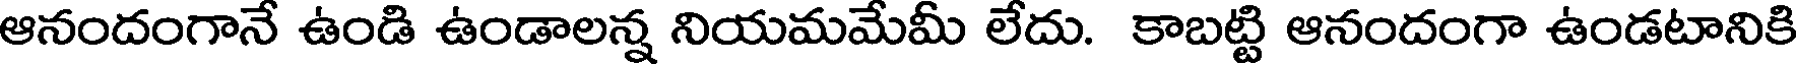
ఆనందంగానే ఉండి ఉండాలన్న నియమమేమీ లేదు. కాబట్టి ఆనందంగా ఉండటానికి